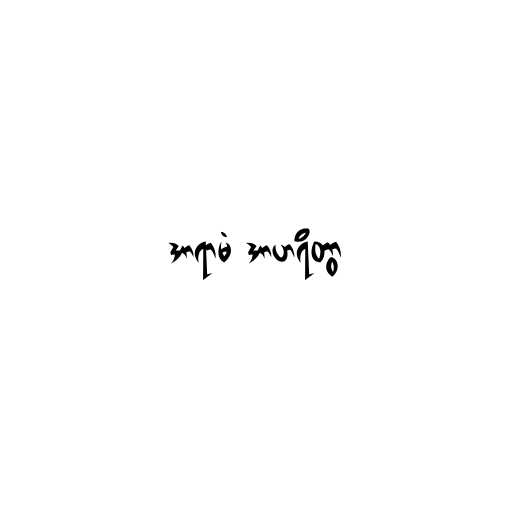
အာရာမံ အာဟရိတွာ